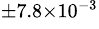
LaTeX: ^{\pm 7.8\times 10^{-3}}